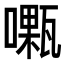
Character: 𠿜